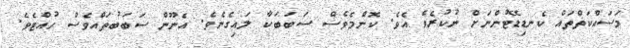
މަސައްކަތްތައް ކެނޑިޑޭޓުންނަށް ނުކުރެވެ އެވެ. ކޮންމެވެސް ސަބަބަކާ ލައިގެނެވެ. އެނޫން ސަބަބުތައްވެސް ހުއްޓެވެ.